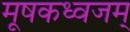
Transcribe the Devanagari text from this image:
मूषकध्वजम्